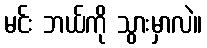
မင်း ဘယ်ကို သွားမှာလဲ။